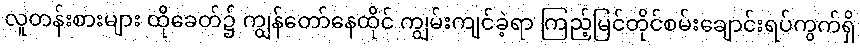
လူတန်းစားများ ထိုခေတ်၌ ကျွန်တော်နေထိုင် ကျွမ်းကျင်ခဲ့ရာ ကြည့်မြင်တိုင်စမ်းချောင်းရပ်ကွက်ရှိ